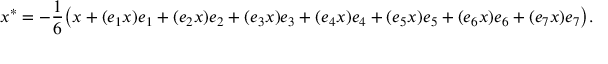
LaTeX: x ^ { * } = - { \frac { 1 } { 6 } } { \bigl ( } x + ( e _ { 1 } x ) e _ { 1 } + ( e _ { 2 } x ) e _ { 2 } + ( e _ { 3 } x ) e _ { 3 } + ( e _ { 4 } x ) e _ { 4 } + ( e _ { 5 } x ) e _ { 5 } + ( e _ { 6 } x ) e _ { 6 } + ( e _ { 7 } x ) e _ { 7 } { \bigr ) } .